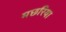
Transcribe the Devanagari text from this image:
मछरिया